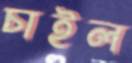
চাইল